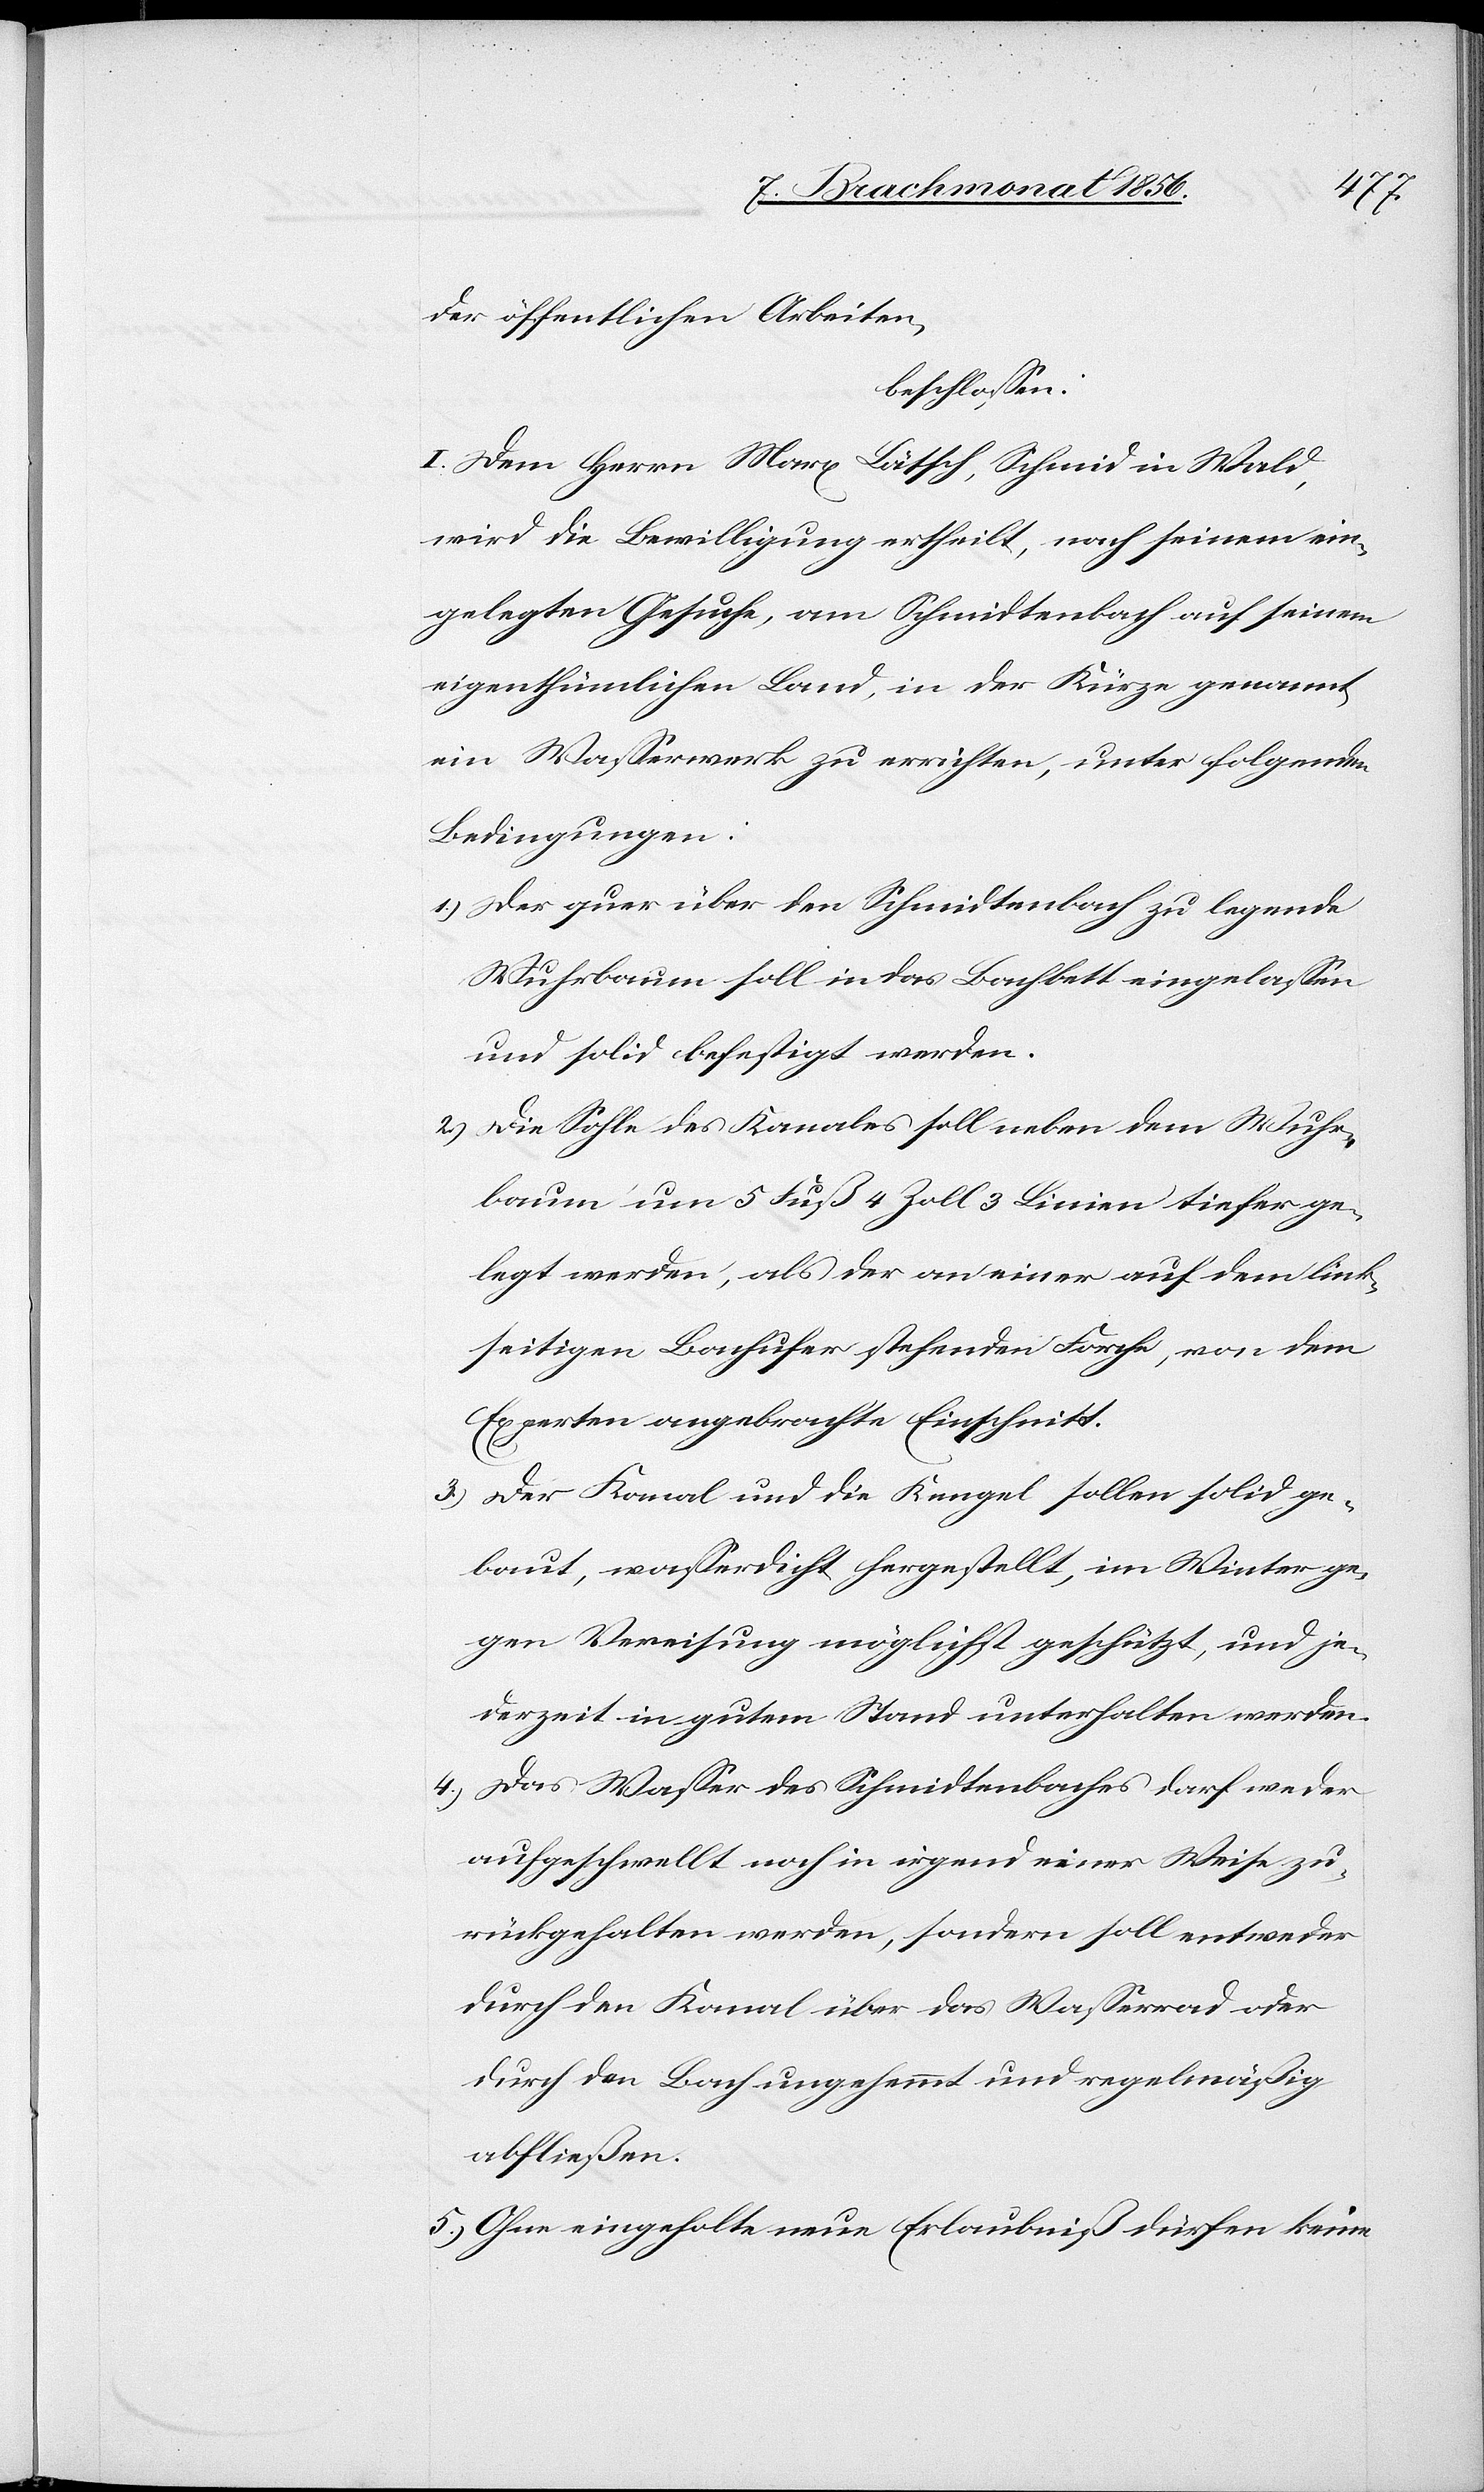
der öffentlichen Arbeiten,
beschlossen:
I. Dem Herrn Marx Lätsch, Schmid in Wald,
wird die Bewilligung ertheilt, nach seinem ein¬
gelegten Gesuche, am Schmidtenbach auf seinem
eigenthümlichen Land, in der Kürze genannt,
ein Wasserwerk zu errichten, unter folgenden
Bedingungen:
1.) Der quer über den Schmidtenbach zu legende
Wuhrbaum soll in das Bachbett eingelassen
und solid befestigt werden.
2.) Die Sohle des Kanals soll neben dem Wuhr¬
baum um 5 Fuß 4 Zoll 3 Linien tiefer ge¬
legt werden, als der an einer auf dem link¬
seitigen Bachufer stehenden Forche, von dem
Experten angebrachte Einschnitt.
3.) Der Kanal und die Kengel sollen solid ge¬
baut, wasserdicht hergestellt, im Winter ge¬
gen Vereisung möglichst geschützt, und je¬
derzeit in gutem Stand unterhalten werden.
4.) Das Wasser des Schmidtenbaches darf weder
aufgeschwellt noch in irgend einer Weise zu¬
rückgehalten werden, sondern soll entweder
durch den Kanal über das Wasserrad oder
durch den Bach ungehemmt und regelmäßig
abfließen.
5.) Ohne eingeholte neue Erlaubniß dürfen keine